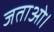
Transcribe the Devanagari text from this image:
जताओ।